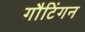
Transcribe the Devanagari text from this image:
गौटिंगन